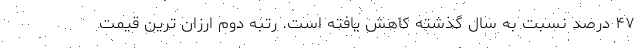
۴۷ درصد نسبت به سال گذشته کاهش یافته است. رتبه دوم ارزان ترین قیمت